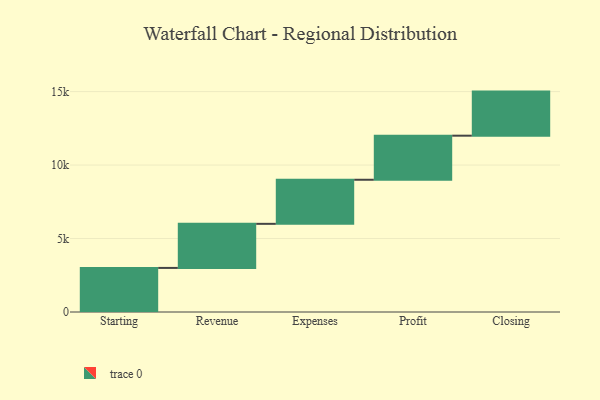
{"axis": {"x": "Step", "y": "Value"}, "legend": [""], "data": [{"x": "Starting", "y": 3000, "type": ""}, {"x": "Revenue", "y": 3000, "type": ""}, {"x": "Expenses", "y": 3000, "type": ""}, {"x": "Profit", "y": 3000, "type": ""}, {"x": "Closing", "y": 3000, "type": ""}]}